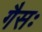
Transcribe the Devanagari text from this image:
गैसः